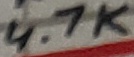
Text: 4.7K